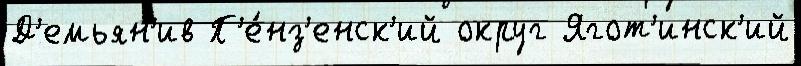
Д'емьян'ив П'е́нз'енск'ий округ Ягот'инск'ий